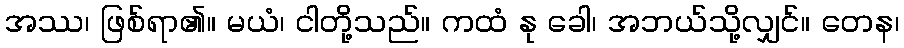
အဿ၊ ဖြစ်ရာ၏။ မယံ၊ ငါတို့သည်။ ကထံ နု ခေါ၊ အဘယ်သို့လျှင်။ တေန၊